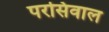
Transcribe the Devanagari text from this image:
परसिवाल